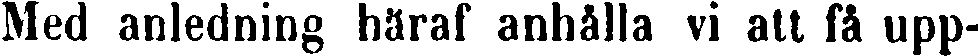
Med anledning häraf anhålla vi att få upp-